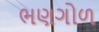
ભણગોળ